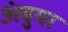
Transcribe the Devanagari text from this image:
अंबुया